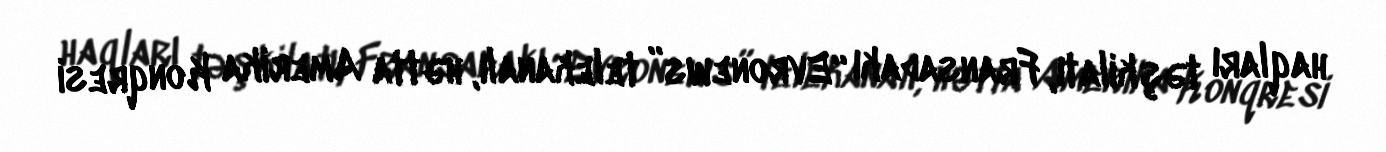
haqları təşkilatı, Fransadakı “Evronews” telekanalı, hətta Amerika Konqresi